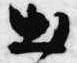
出